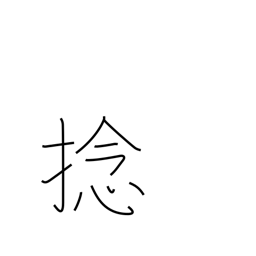
Meaning: twirl